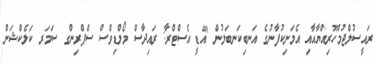
ރައީސުލްޖުމްހޫރިއްޔާއާއި އެމަނިކުފާނުގެ އަނބިކަނބަލުން "އޭޑީ އެސްޓްރާ: ރައިދާސް މޯލްޑިވްސް ސްޕްރިންގ ސަމަރ ކަލެކްޝަން